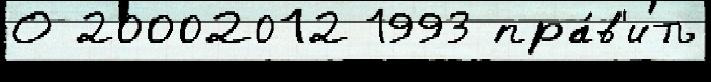
О 20002012 1993 пра́в'ить